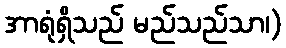
အာရုံရှိသည် မည်သည်သာ၊)